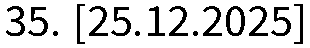
35. [25.12.2025]